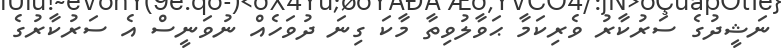
ނަޝީދުގެ ސަރުކާރު ވެރިކަމާ ޙަވާލުވިތާ މާކަ ގިނަ ދުވަހެއް ނުވަނީސް އެ ސަރުކާރުގެ